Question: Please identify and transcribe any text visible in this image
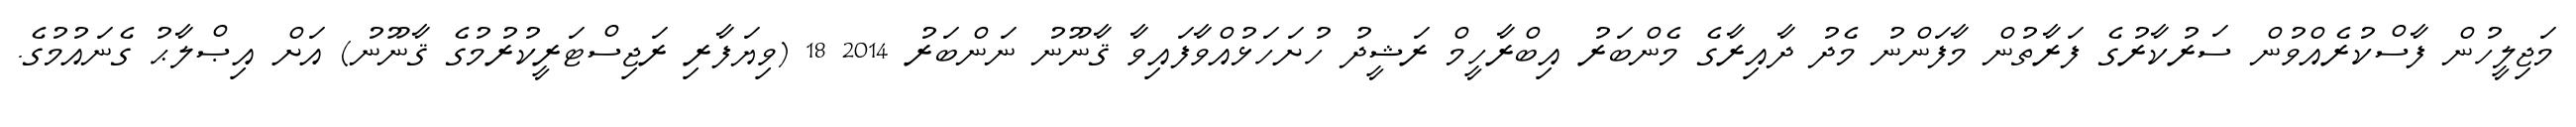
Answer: މަޖިލީހުން ފާސްކުރެއްވުން ސަރުކާރުގެ ފަރާތުން މާފަންނު މެދު ދާއިރާގެ މެންބަރު އިބްރާހީމް ރަޝީދު ހުށަހަޅުއްވާފައިވާ ޤާނޫނު ނަންބަރު 2014 18 (ވިޔަފާރި ރަޖިސްޓަރީކުރުމުގެ ޤާނޫނު) އަށް އިޞްލާޙު ގެނައުމުގެ.